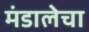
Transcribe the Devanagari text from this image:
मंडालेचा